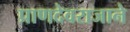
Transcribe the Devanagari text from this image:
प्राणदेवराजाने